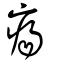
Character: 瘍